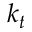
k _ { t }